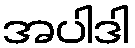
အပါဒါ